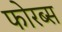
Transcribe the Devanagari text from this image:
फोरब्स